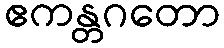
ဧကန္တဂတော